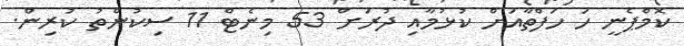
ކޮމްޕެނީ ހަ ހަފްތާއަށް ކުޅުމާއި ދުރަށް 53 މިނެޓް 11 ސިކުންތު ކުރިން.